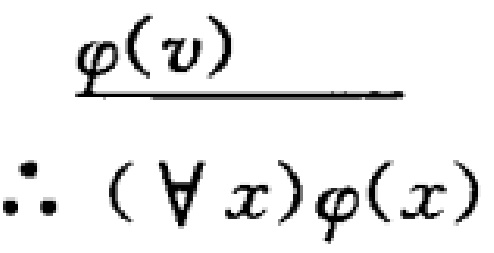
\[\frac{\varphi(v)}{\therefore (\forall x)\varphi(x)}\]